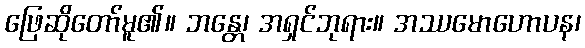
ဖြေဆိုတော်မူ၏။ ဘန္တေ၊ အရှင်ဘုရား။ အဿမောဟောပန၊